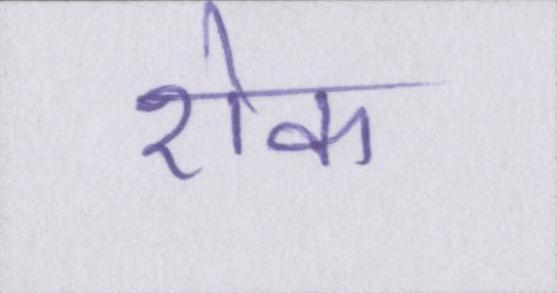
रॊक